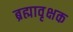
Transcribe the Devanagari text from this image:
ब्रह्मावृक्षक